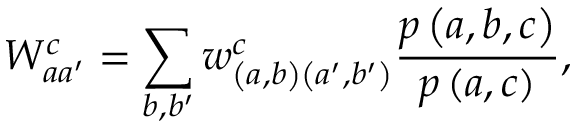
W _ { a a ^ { \prime } } ^ { c } = \sum _ { b , b ^ { \prime } } w _ { \left( a , b \right) \left( a ^ { \prime } , b ^ { \prime } \right) } ^ { c } \frac { p \left( a , b , c \right) } { p \left( a , c \right) } ,